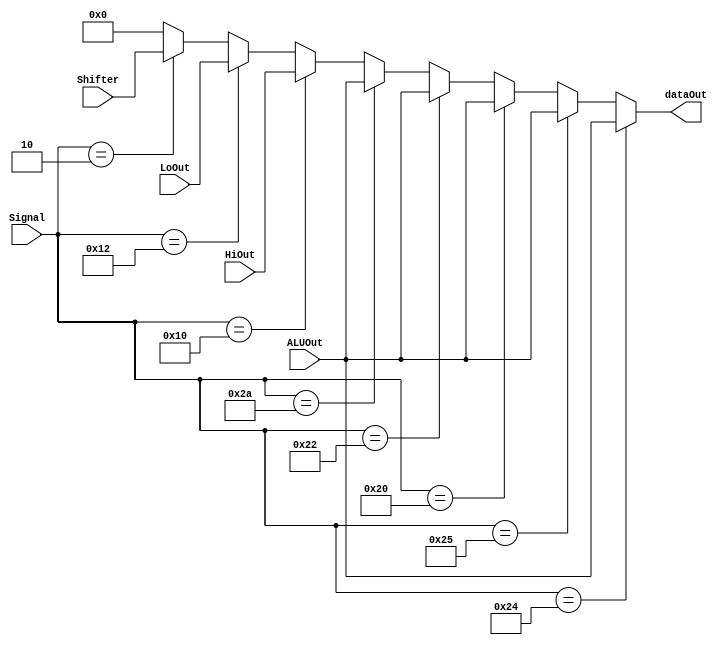
`timescale 1ns/1ns
module MUX( ALUOut, HiOut, LoOut, Shifter, Signal, dataOut );
input [31:0] ALUOut ;
input [31:0] HiOut ;
input [31:0] LoOut ;
input [31:0] Shifter ;
input [5:0] Signal ;
output [31:0] dataOut ;


wire [31:0] temp ;

parameter AND = 6'b100100;
parameter OR  = 6'b100101;
parameter ADD = 6'b100000;
parameter SUB = 6'b100010;
parameter SLT = 6'b101010;

parameter SRL = 6'b000010;

parameter DIVU= 6'b011011;
parameter MFHI= 6'b010000;
parameter MFLO= 6'b010010;
/*
wqUT
*/
assign temp = ( Signal==AND )  ?  ALUOut  :
			  ( Signal==OR )   ?  ALUOut  :
			  ( Signal==ADD )  ?  ALUOut  :
			  ( Signal==SUB )  ?  ALUOut  :
			  ( Signal==SLT )  ?  ALUOut  :
			  ( Signal==MFHI ) ?  HiOut   :
			  ( Signal==MFLO ) ?  LoOut   :
			  ( Signal==SRL )  ?  Shifter :  32'b0 ;
/*
===========
   n
===========
MFHIMMFLO
oDO@wn[i
oOHILOsXO
OO
===========
   n
===========
*/

/*
WocaseObTBz
OisignalPJ
MisAX
*/
assign dataOut = temp ;
endmodule